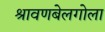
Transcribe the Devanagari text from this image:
श्रावणबेलगोला